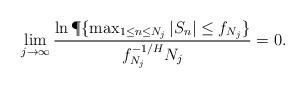
LaTeX: \begin{align*} \lim_{j\to\infty} \frac{ \ln \P\{\max_{1\le n\le N_j}|S_n| \le f_{N_j}\}} {f_{N_j}^{-1/H} N_j } = 0. \end{align*}